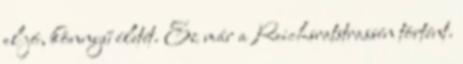
el jó, könnyű életét. Ez már a Reichsratstrassén történt.